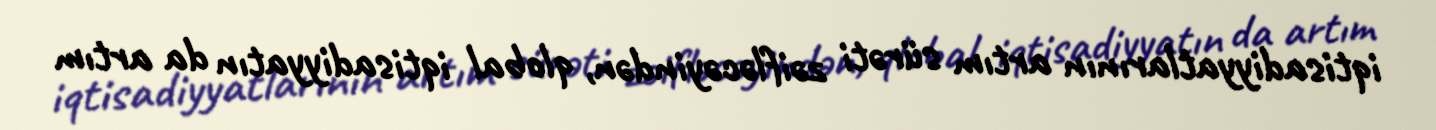
iqtisadiyyatlarının artım sürəti zəifləcəyindən, qlobal iqtisadiyyatın da artım